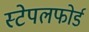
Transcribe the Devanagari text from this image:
स्टेपलफोर्ड